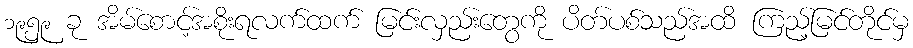
၁၉၅၉ ခု အိမ်စောင့်အစိုးရလက်ထက် မြင်းလှည်းတွေကို ပိတ်ပစ်သည်အထိ ကြည့်မြင်တိုင်မှ